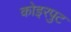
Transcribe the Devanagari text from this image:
कोइरपुट